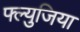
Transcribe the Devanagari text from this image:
फ्ल्युजिया